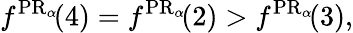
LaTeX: f^{\operatorname{PR}_{\alpha}\! }(4)=f^{\operatorname{PR}_{\alpha}\! }(2)>f^{\operatorname{PR}_{\alpha}\! }(3),